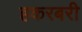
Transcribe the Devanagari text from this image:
हकरबरी